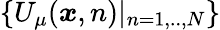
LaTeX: \{ U_{\mu}({\boldsymbol{x}},n)|_{n=1,..,N}\}